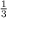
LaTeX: \textstyle { \frac { 1 } { 3 } }